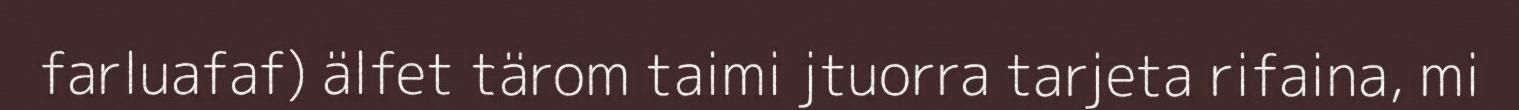
farluafaf) älfet tärom taimi jtuorra tarjeta rifaina, mi